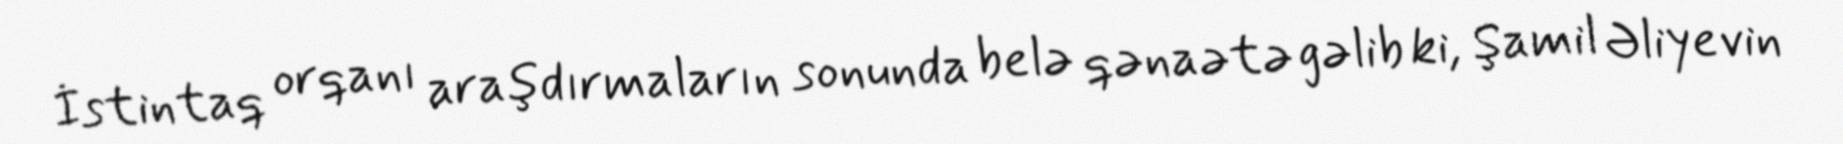
İstintaq orqanı araşdırmaların sonunda belə qənaətə gəlib ki, Şamil Əliyevin